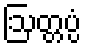
ဩတ္တပ္ပံ